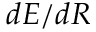
d E / d R